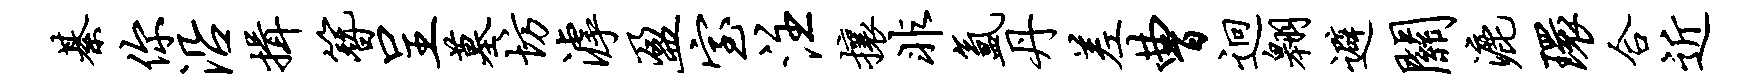
綦你沿揖簪呈墓坊滹盈室注攘非氲丹差曹迥翱避关漉环合近